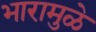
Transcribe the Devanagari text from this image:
भारामुळे